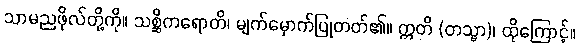
သာမညဖိုလ်တို့ကို။ သစ္ဆိကရောတိ၊ မျက်မှောက်ပြုတတ်၏။ ဣတိ (တသ္မာ)၊ ထိုကြောင့်။